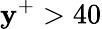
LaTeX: \mathbf{y}^{+}>40